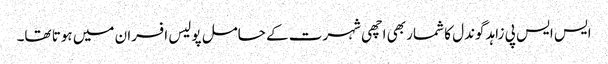
ایس ایس پی زاہد گوندل کا شمار بھی اچھی شہرت کے حامل پولیس افسران میں ہوتا تھا۔